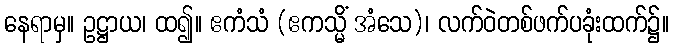
နေရာမှ။ ဥဋ္ဌာယ၊ ထ၍။ ဧကံသံ (ဧကသ္မိံ အံသေ)၊ လက်ဝဲတစ်ဖက်ပခုံးထက်၌။